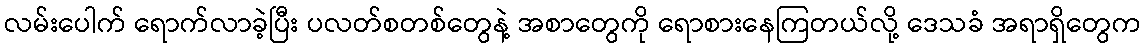
လမ်းပေါက် ရောက်လာခဲ့ပြီး ပလတ်စတစ်တွေနဲ့ အစာတွေကို ရောစားနေကြတယ်လို့ ဒေသခံ အရာရှိတွေက